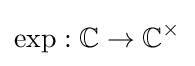
\exp :\mathbb {C} \to \mathbb {C} ^{\times }